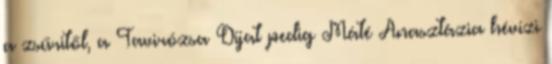
a zsűritől, a Tavirózsa Díjat pedig Máté Anasztázia hévízi